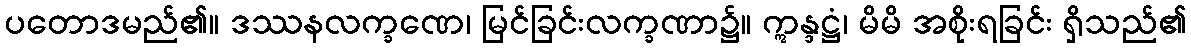
ပတောဒမည်၏။ ဒဿနလက္ခဏေ၊ မြင်ခြင်းလက္ခဏာ၌။ ဣန္ဒဋ္ဌံ၊ မိမိ အစိုးရခြင်း ရှိသည်၏